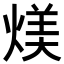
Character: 𪹏